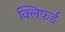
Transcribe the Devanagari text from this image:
क्लिफ़र्ड